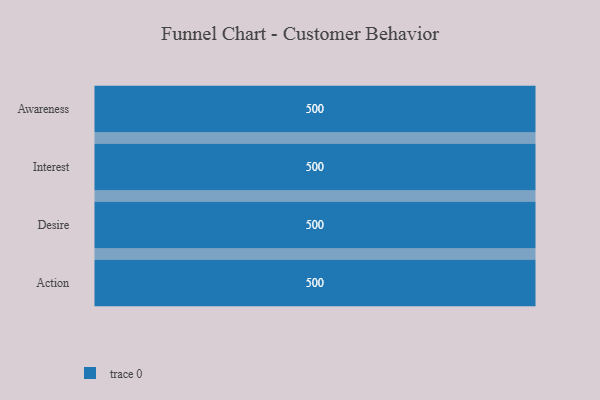
{"axis": {"x": "Stage", "y": "Value"}, "legend": [""], "data": [{"x": "Awareness", "y": 500, "type": ""}, {"x": "Interest", "y": 500, "type": ""}, {"x": "Desire", "y": 500, "type": ""}, {"x": "Action", "y": 500, "type": ""}]}